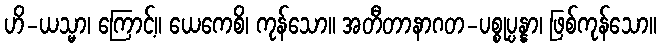
ဟိ-ယသ္မာ၊ ကြောင့်။ ယေကေစိ၊ ကုန်သော။ အတီတာနာဂတ-ပစ္စုပ္ပန္နာ၊ ဖြစ်ကုန်သော။